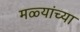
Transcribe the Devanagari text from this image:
मळ्यांच्या